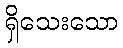
ရှိသေးသော